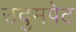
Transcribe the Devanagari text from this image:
उदुमपेट